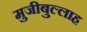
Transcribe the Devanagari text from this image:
मुजीबुल्लाह